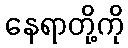
နေရာတို့ကို